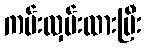
ကမ်းလှမ်းထားပြီး